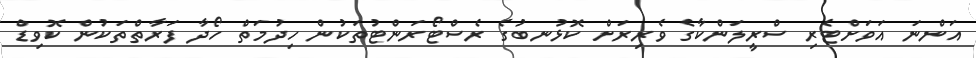
އަންނަ އަވަށްޓެރި ސްރީލަންކާގެ ވެރިރަށް ކޮޅުނބުގެ ރެސްޓޯރަންޓުތަކުން ހިދުމަތް ހޯދާ ފަރާތްތަކުން ކޮވިޑް